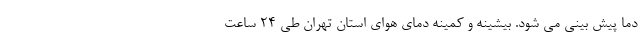
دما پیش بینی می شود. بیشینه و کمینه دمای هوای استان تهران طی ۲۴ ساعت